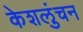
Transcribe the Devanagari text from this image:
केशलुंचन